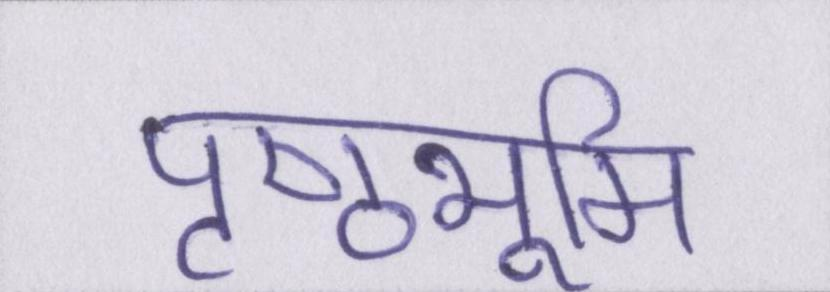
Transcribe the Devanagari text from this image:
पृष्ठभूमि